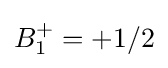
B_{1}^{+{}}=+1/2